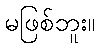
မဖြစ်ဘူး။